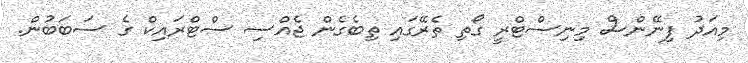
މިއަދު ފިނޭންސް މިނިސްޓްރީ ގޯތި ތެރޭގައި ތިބެގެން ޖެއްސި ސްޓްރައިކް ގެ ސަބަބުން.